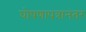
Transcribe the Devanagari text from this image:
घोषणापत्रानंतर